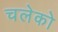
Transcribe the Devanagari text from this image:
चलेको